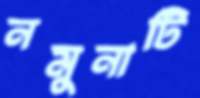
নমুনাটি